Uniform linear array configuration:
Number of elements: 4
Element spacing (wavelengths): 1
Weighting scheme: hamming
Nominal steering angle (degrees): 60
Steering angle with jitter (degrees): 61.498
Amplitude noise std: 0.05
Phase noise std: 0.05

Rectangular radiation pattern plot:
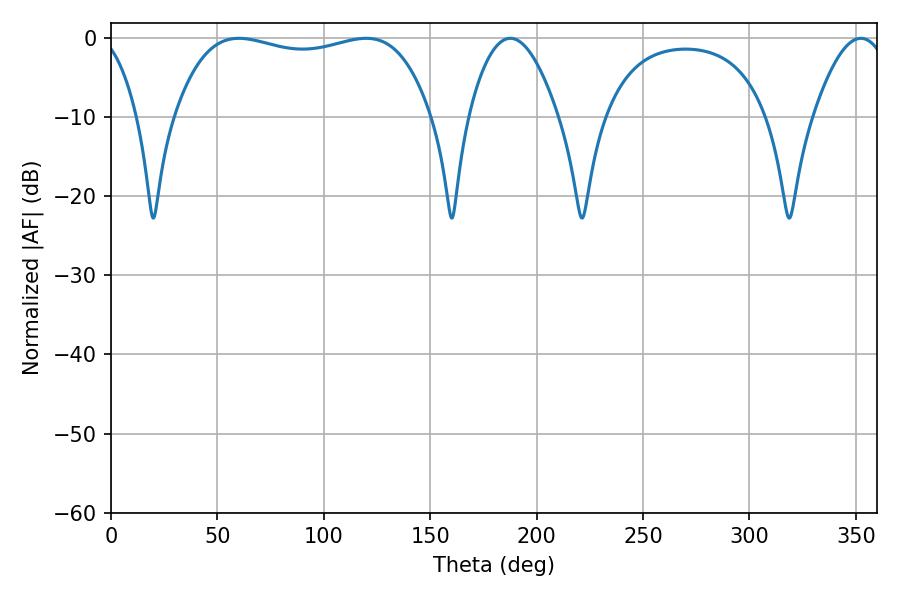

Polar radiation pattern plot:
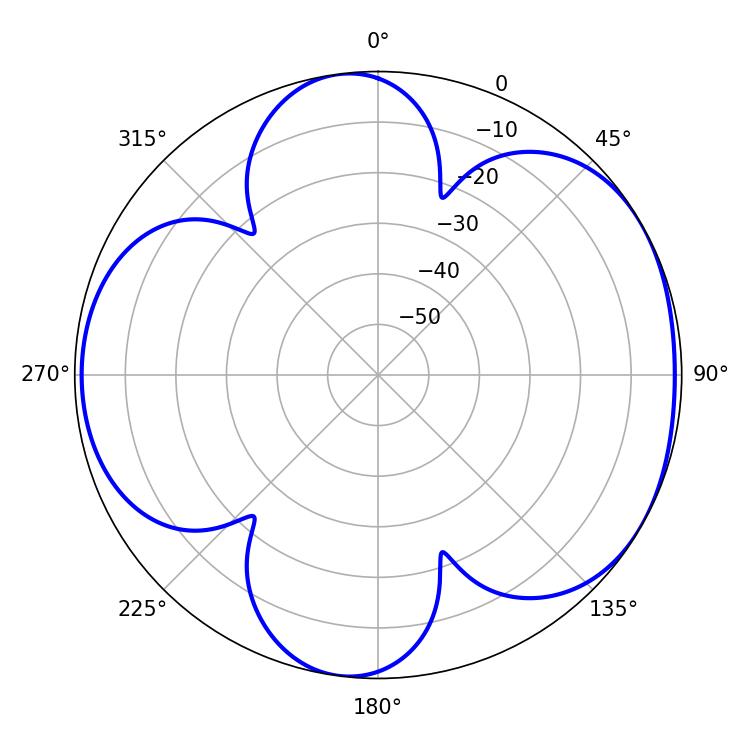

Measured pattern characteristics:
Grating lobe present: TRUE
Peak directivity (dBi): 5.294
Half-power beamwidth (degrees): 96.84
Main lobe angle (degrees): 60.12